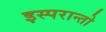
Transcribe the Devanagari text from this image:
इस्परान्तो